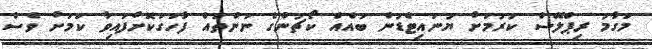
މަގާމު ރިޕްލޭސް ކުރުމަށް ޔުނައިޓެޑުން ބައެއް ކޯޗުންގެ ނަންތައް ފާހަގަކޮށްފައިވާ ކަމަށް ވެސް